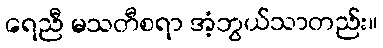
ရေညီ မသတီစရာ အံ့ဘွယ်သာတည်း။